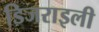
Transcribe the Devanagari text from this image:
डिजराइली